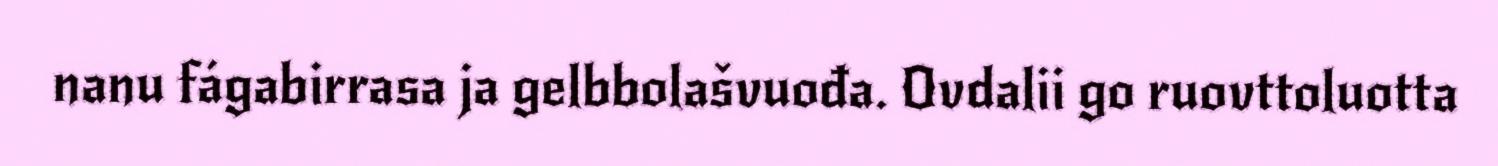
nanu fágabirrasa ja gelbbolašvuođa. Ovdalii go ruovttoluotta